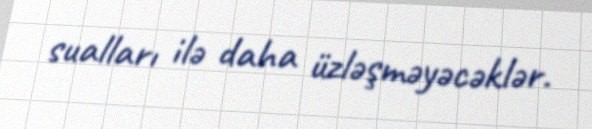
sualları ilə daha üzləşməyəcəklər.